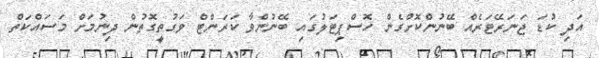
އަދި ކުޑަ ޖަނަރޭޓަރެއް ބޭނުންކޮށްގެން ހޮސްޕިޓަލުގައި ބޭނުންވާ ކަަރަންޓް ވަގުތީގޮތުން ދިނުމަށް މަސައްކަތް